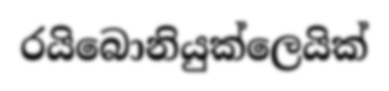
රයිබොනියුක්ලෙයික්